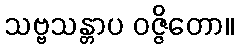
သဗ္ဗသန္တာပ ဝဇ္ဇိတော။